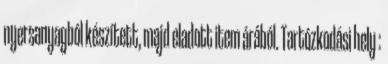
nyersanyagból készített, majd eladott item árából. Tartózkodási hely :